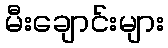
မီးချောင်းများ